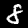
Digit: 8